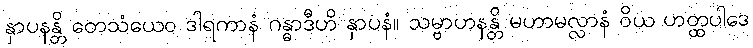
နှာပနန္တိ တေသံယေဝ ဒါရကာနံ ဂန္ဓာဒီဟိ နှာပနံ။ သမ္ဗာဟနန္တိ မဟာမလ္လာနံ ဝိယ ဟတ္ထပါဒေ